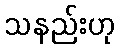
သနည်းဟု